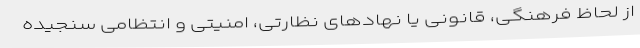
از لحاظ فرهنگی، قانونی یا نهادهای نظارتی، امنیتی و انتظامی سنجیده